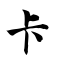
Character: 卡